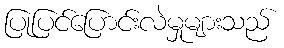
ပြုပြင်ပြောင်းလဲမှုများသည်